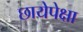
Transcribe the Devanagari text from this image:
छायेपेक्षा